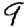
Digit: 9